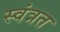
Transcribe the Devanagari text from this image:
स्वंत्रत